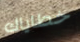
خطاياك